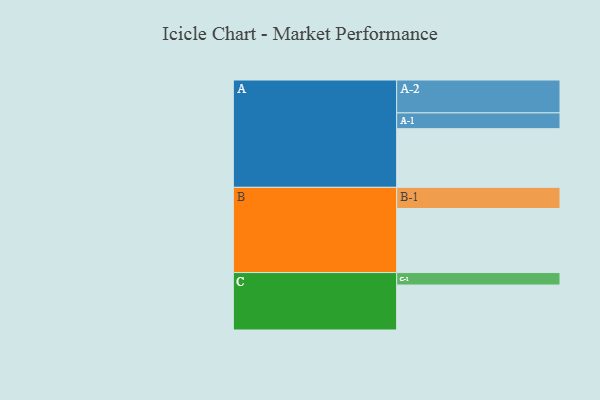
{"axis": {"x": "Segment", "y": "Value"}, "legend": ["", "A", "B", "C"], "data": [{"x": "A", "y": 437, "type": ""}, {"x": "B", "y": 477, "type": ""}, {"x": "C", "y": 335, "type": ""}, {"x": "A-1", "y": 118, "type": "A"}, {"x": "A-2", "y": 245, "type": "A"}, {"x": "B-1", "y": 158, "type": "B"}, {"x": "C-1", "y": 93, "type": "C"}]}